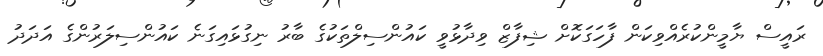
ރައީސް ޔާމީންކުރެއްވިކަން ފާހަގަކޮށް ޝިފާޒް ވިދާޅުވީ ކައުންސިލްތަކުގެ ބާރު ނިގުޅައިގަނެ ކައުންސިލަރުންގެ އަދަދު